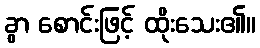
ခွာ စောင်းဖြင့် ထိုးသေး၏။